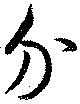
分